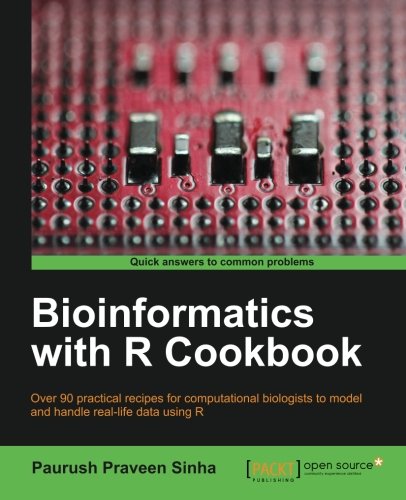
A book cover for Bioinformatics with R Cookbook; Paurush Praveen Sinha; Computers & Technology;